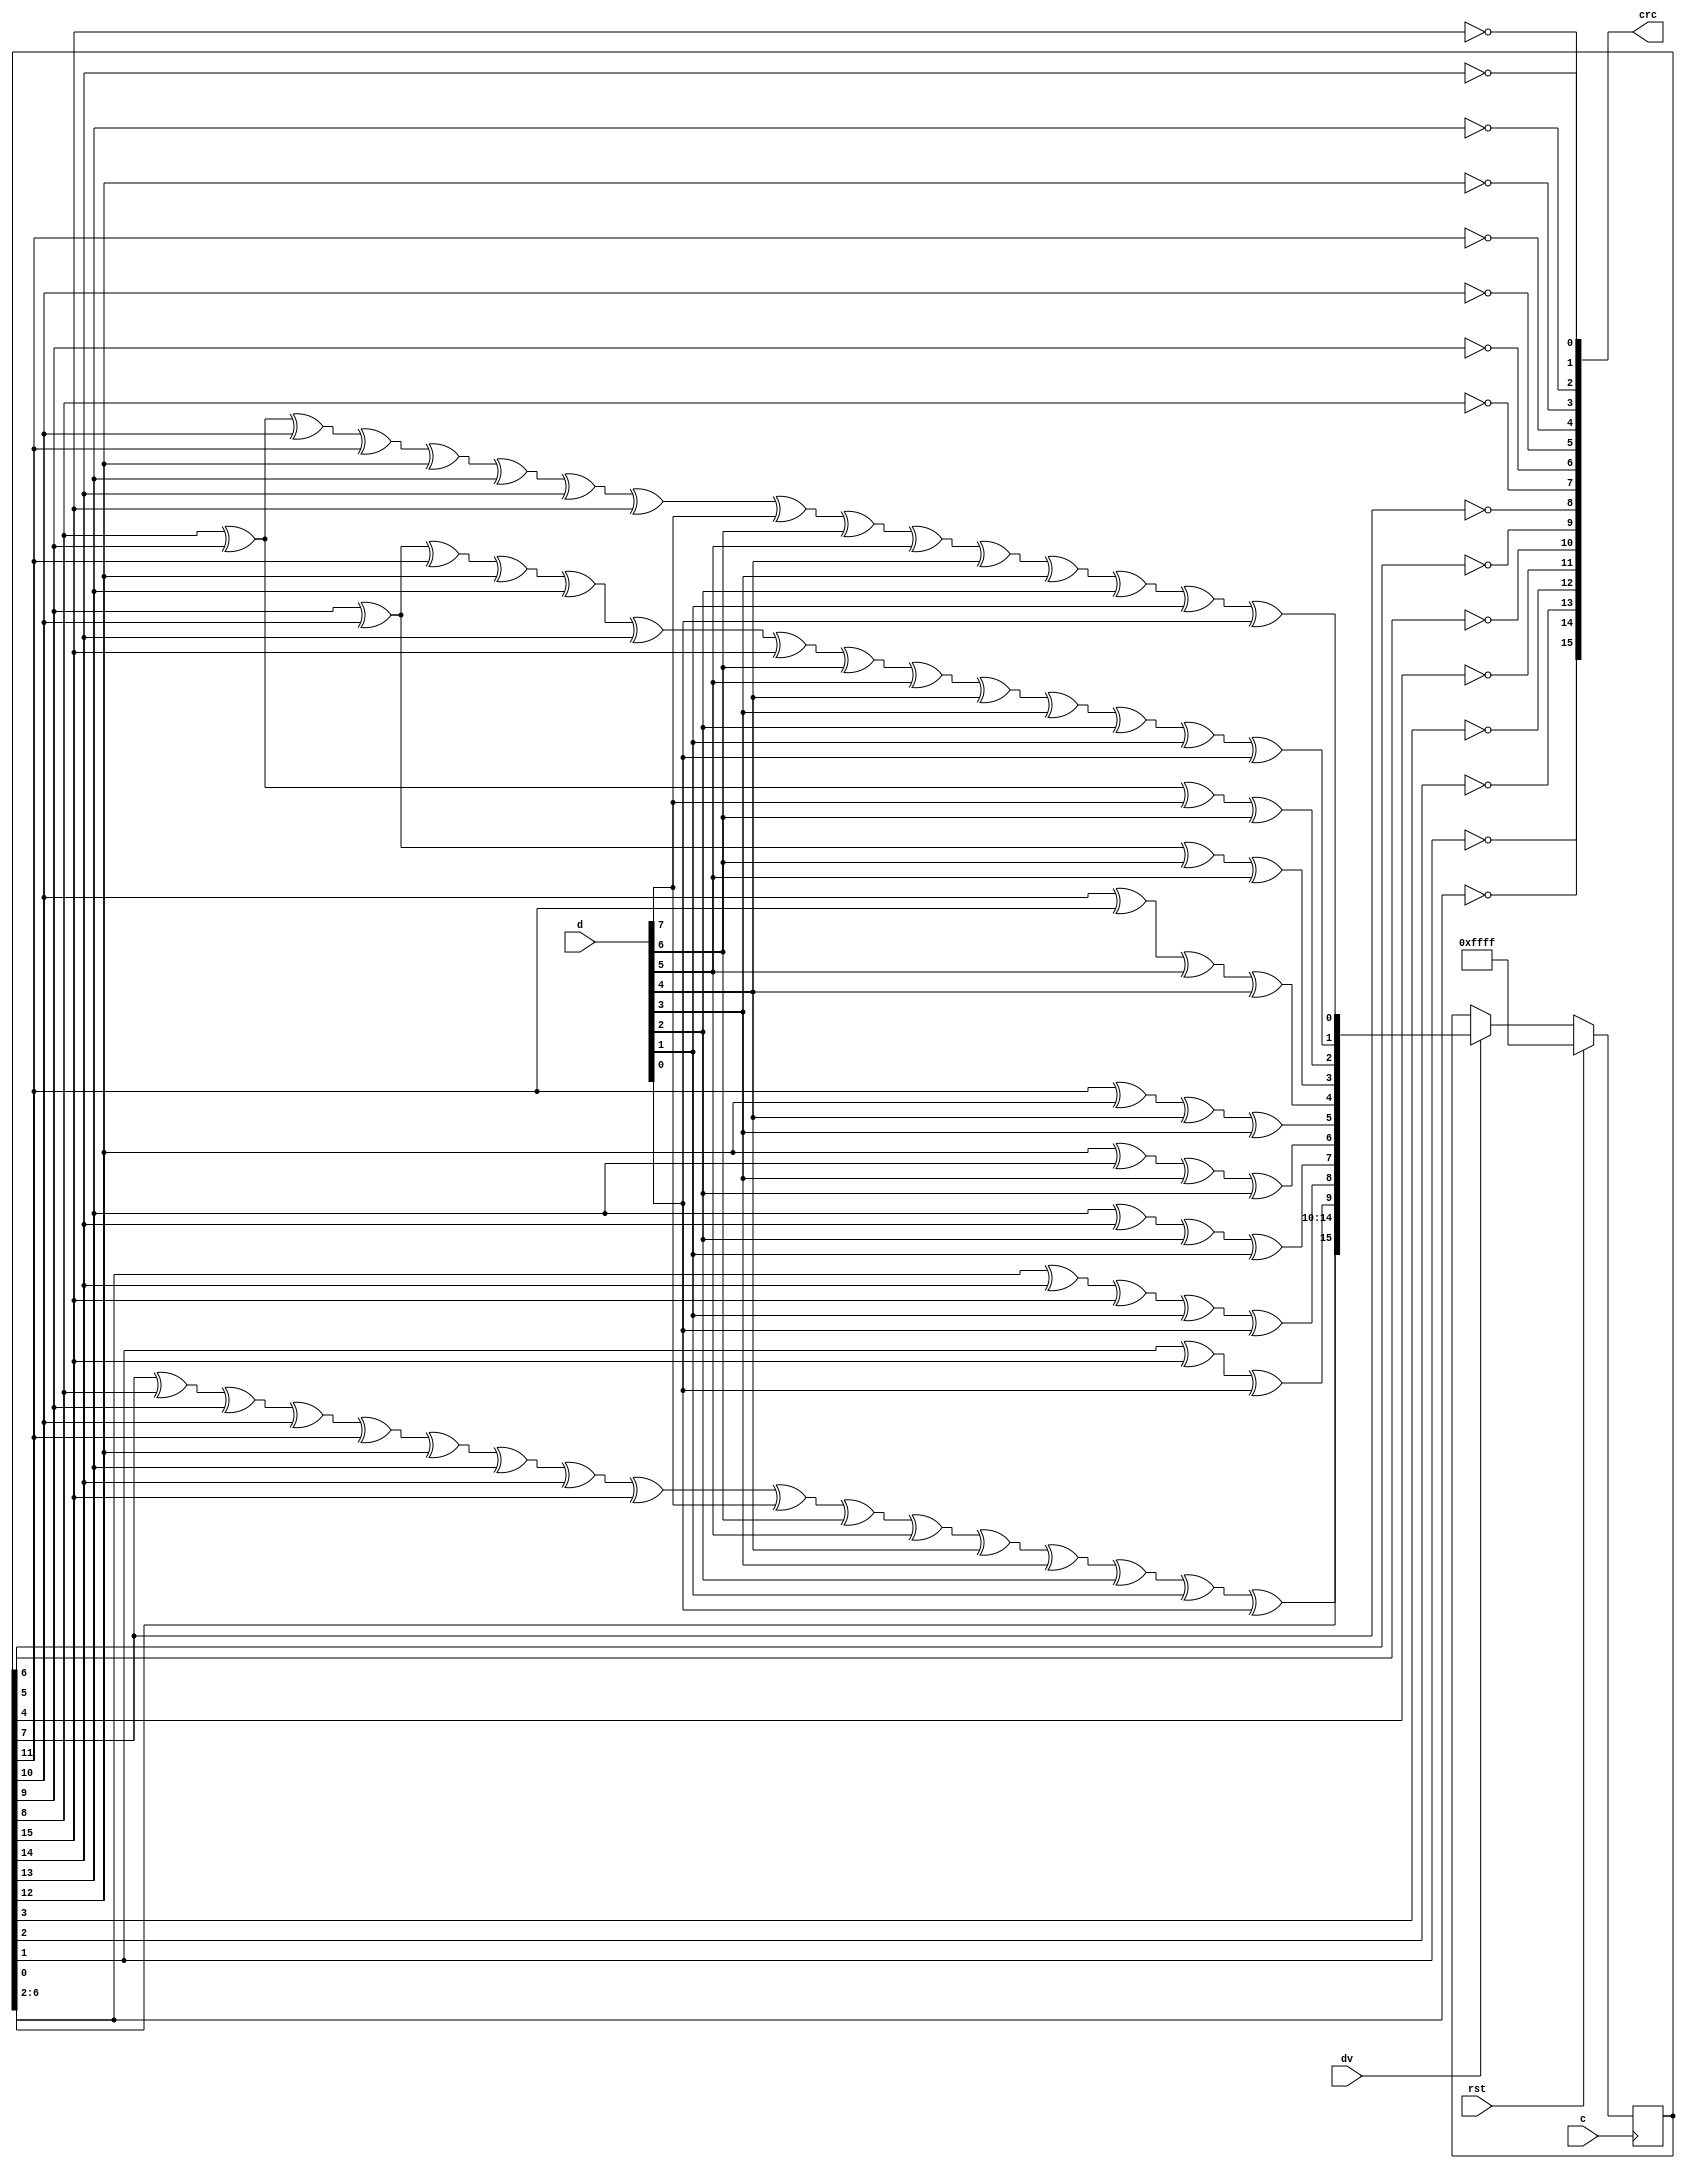
module usb_crc16_1(
  input [7:0] d,
  input dv,
  output [15:0] crc,
  input rst,
  input c);
  reg [15:0] crc_q, crc_d;
  wire [7:0] df = { d[0], d[1], d[2], d[3], d[4], d[5], d[6], d[7] };
  assign crc = { ~crc_q[ 0], ~crc_q[ 1], ~crc_q[ 2], ~crc_q[ 3],
                 ~crc_q[ 4], ~crc_q[ 5], ~crc_q[ 6], ~crc_q[ 7],
                 ~crc_q[ 8], ~crc_q[ 9], ~crc_q[10], ~crc_q[11],
                 ~crc_q[12], ~crc_q[13], ~crc_q[14], ~crc_q[15]  };
  always @(*) begin
    crc_d[0] = crc_q[8] ^ crc_q[9] ^ crc_q[10] ^ crc_q[11] ^ crc_q[12] ^ crc_q[13] ^ crc_q[14] ^ crc_q[15] ^ df[0] ^ df[1] ^ df[2] ^ df[3] ^ df[4] ^ df[5] ^ df[6] ^ df[7];
    crc_d[1] = crc_q[9] ^ crc_q[10] ^ crc_q[11] ^ crc_q[12] ^ crc_q[13] ^ crc_q[14] ^ crc_q[15] ^ df[1] ^ df[2] ^ df[3] ^ df[4] ^ df[5] ^ df[6] ^ df[7];
    crc_d[2] = crc_q[8] ^ crc_q[9] ^ df[0] ^ df[1];
    crc_d[3] = crc_q[9] ^ crc_q[10] ^ df[1] ^ df[2];
    crc_d[4] = crc_q[10] ^ crc_q[11] ^ df[2] ^ df[3];
    crc_d[5] = crc_q[11] ^ crc_q[12] ^ df[3] ^ df[4];
    crc_d[6] = crc_q[12] ^ crc_q[13] ^ df[4] ^ df[5];
    crc_d[7] = crc_q[13] ^ crc_q[14] ^ df[5] ^ df[6];
    crc_d[8] = crc_q[0] ^ crc_q[14] ^ crc_q[15] ^ df[6] ^ df[7];
    crc_d[9] = crc_q[1] ^ crc_q[15] ^ df[7];
    crc_d[10] = crc_q[2];
    crc_d[11] = crc_q[3];
    crc_d[12] = crc_q[4];
    crc_d[13] = crc_q[5];
    crc_d[14] = crc_q[6];
    crc_d[15] = crc_q[7] ^ crc_q[8] ^ crc_q[9] ^ crc_q[10] ^ crc_q[11] ^ crc_q[12] ^ crc_q[13] ^ crc_q[14] ^ crc_q[15] ^ df[0] ^ df[1] ^ df[2] ^ df[3] ^ df[4] ^ df[5] ^ df[6] ^ df[7];
  end 
  always @(posedge c) begin
    if(rst)
      crc_q <= {16{1'b1}};
    else 
      crc_q <= dv ? crc_d : crc_q;
  end 
endmodule